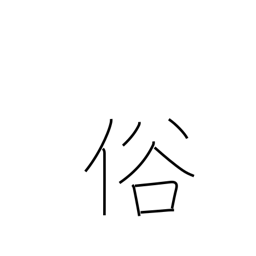
Meaning: manners